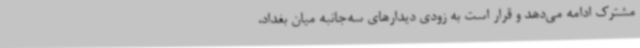
مشترک ادامه می‌دهد و قرار است به زودی دیدارهای سه‌جانبه میان بغداد،